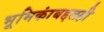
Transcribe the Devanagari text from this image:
भूमिकांबद्दलही